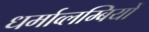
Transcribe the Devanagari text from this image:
धर्माव्लम्बियों